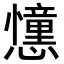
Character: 𢤤